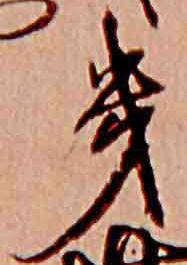
幾